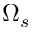
\Omega _ { s }